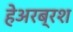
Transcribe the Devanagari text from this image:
हेअरब्रश